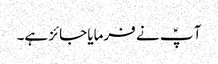
آ پؑ نے فرمایا جائز ہے۔